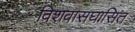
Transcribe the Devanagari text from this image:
विशवासघासित